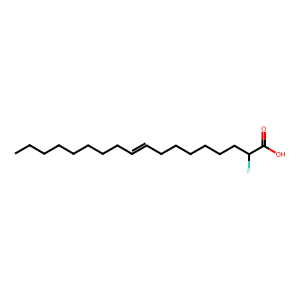
SMILES: CCCCCCCCC=CCCCCCCC(F)C(=O)O
Inhibits HIV replication: Yes